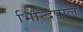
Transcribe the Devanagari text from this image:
भिन्दिपाल